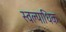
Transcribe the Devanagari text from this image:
स्वल्पाधिक